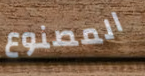
المصنوع